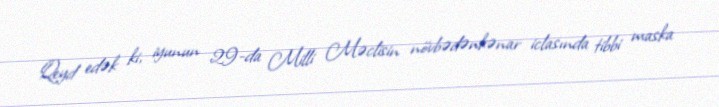
Qeyd edək ki, iyunun 29-da Milli Məclisin növbədənkənar iclasında tibbi maska